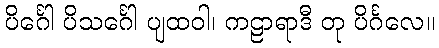
ပိင်္ဂေါ ပိသင်္ဂေါ ပျထဝါ၊ ကဠာရာဒီ တု ပိင်္ဂလေ။